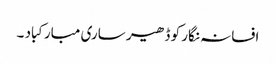
افسانہ نگار کو ڈھیر ساری مبارکباد ۔